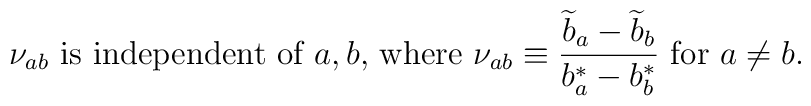
\nu_{ab}~{\mbox{is independent of $a,b$, where}}~ \nu_{ab}\equiv{{{\widetilde b}_a -{\widetilde b}_b}\over {b^*_a-b^*_b}}~{\mbox {for}}~a\not=b.